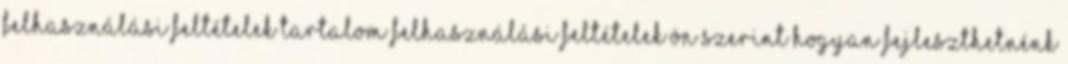
Felhasználási feltételek Tartalom felhasználási feltételek Ön szerint hogyan fejleszthetnénk